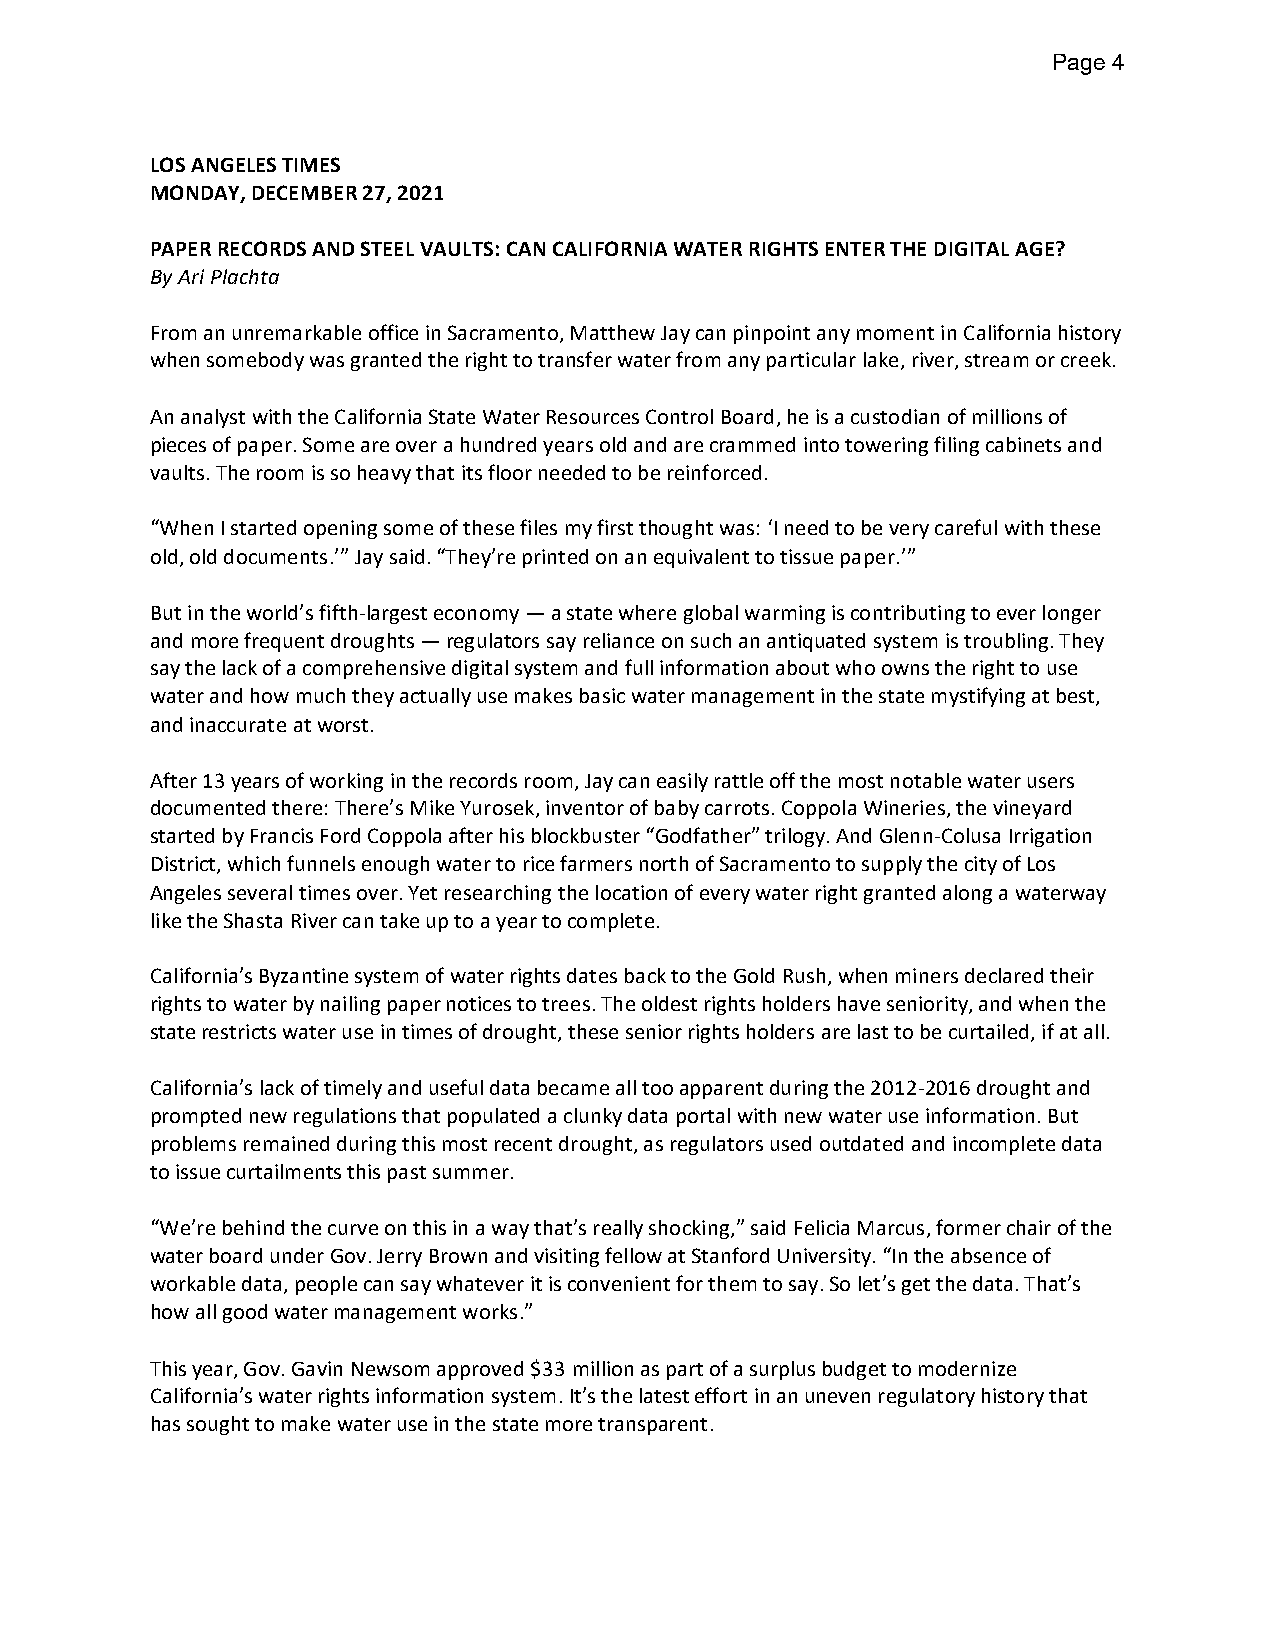
Page 4
 LOS ANGELES TIMES
 MONDAY, DECEMBER 27, 2021
 PAPER RECORDS AND STEEL VAULTS: CAN CALIFORNIA WATER RIGHTS ENTER THE DIGITAL AGE?
 By Ari Plachta
 From an unremarkable office in Sacramento, Matthew Jay can pinpoint any moment in California history
 when somebody was granted the right to transfer water from any particular lake, river, stream or creek.
 An analyst with the California State Water Resources Control Board, he is a custodian of millions of
 pieces of paper. Some are over a hundred years old and are crammed into towering filing cabinets and
 vaults. The room is so heavy that its floor needed to be reinforced.
 “When I started opening some of these files my first thought was: ‘I need to be very careful with these
 old, old documents.’” Jay said. “They’re printed on an equivalent to tissue paper.’”
 But in the world’s fifth-largest economy — a state where global warming is contributing to ever longer
 and more frequent droughts — regulators say reliance on such an antiquated system is troubling. They
 say the lack of a comprehensive digital system and full information about who owns the right to use
 water and how much they actually use makes basic water management in the state mystifying at best,
 and inaccurate at worst.
 After 13 years of working in the records room, Jay can easily rattle off the most notable water users
 documented there: There’s Mike Yurosek, inventor of baby carrots. Coppola Wineries, the vineyard
 started by Francis Ford Coppola after his blockbuster “Godfather” trilogy. And Glenn-Colusa Irrigation
 District, which funnels enough water to rice farmers north of Sacramento to supply the city of Los
 Angeles several times over. Yet researching the location of every water right granted along a waterway
 like the Shasta River can take up to a year to complete.
 California’s Byzantine system of water rights dates back to the Gold Rush, when miners declared their
 rights to water by nailing paper notices to trees. The oldest rights holders have seniority, and when the
 state restricts water use in times of drought, these senior rights holders are last to be curtailed, if at all.
 California’s lack of timely and useful data became all too apparent during the 2012-2016 drought and
 prompted new regulations that populated a clunky data portal with new water use information. But
 problems remained during this most recent drought, as regulators used outdated and incomplete data
 to issue curtailments this past summer.
 “We’re behind the curve on this in a way that’s really shocking,” said Felicia Marcus, former chair of the
 water board under Gov. Jerry Brown and visiting fellow at Stanford University. “In the absence of
 workable data, people can say whatever it is convenient for them to say. So let’s get the data. That’s
 how all good water management works.”
 This year, Gov. Gavin Newsom approved $33 million as part of a surplus budget to modernize
 California’s water rights information system. It’s the latest effort in an uneven regulatory history that
 has sought to make water use in the state more transparent.